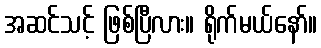
အဆင်သင့် ဖြစ်ပြီလား။ ရိုက်မယ်နော်။